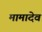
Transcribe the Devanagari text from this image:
मामादेव